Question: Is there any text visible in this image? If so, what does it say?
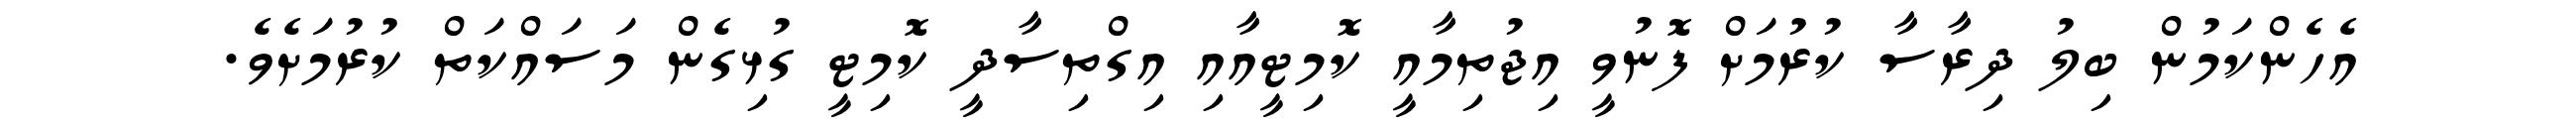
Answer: އެހެންކަމުން ބިލު ދިރާސާ ކުރުމަށް ފޮނުވީ އިޖުތިމާއީ ކޮމިޓީއާއި އިގްތިސާދީ ކޮމިޓީ ގުޅިގެން މަސައްކަތް ކުރުމަށެވެ.